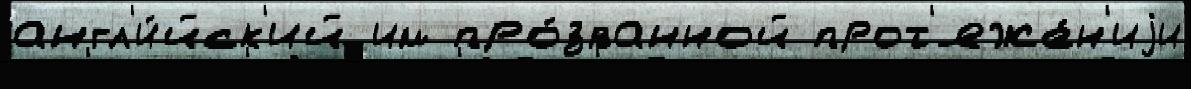
англ'и́йск'ий им про́званной прот'яже́н'иjи